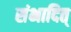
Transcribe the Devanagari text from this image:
संभादित्